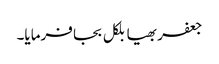
جعفر بھیا بلکل بجا فرمایا۔